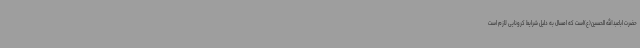
حضرت اباعبدالله الحسین(ع)است که امسال به دلیل شرایط کرونایی لازم است